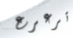
ترعرع